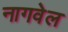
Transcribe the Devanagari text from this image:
नागवेल